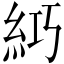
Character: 𥿣